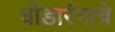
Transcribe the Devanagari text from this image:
घोडारंगाचे